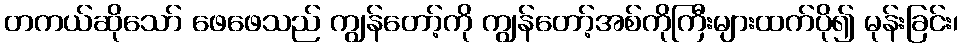
တကယ်ဆိုသော် ဖေဖေသည် ကျွန်တော့်ကို ကျွန်တော့်အစ်ကိုကြီးများထက်ပို၍ မုန်းခြင်း၊